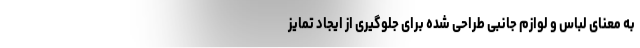
به معنای لباس و لوازم جانبی طراحی شده برای جلوگیری از ایجاد تمایز